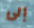
إلى